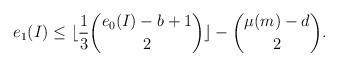
LaTeX: \begin{align*} e_1(I) \le \lfloor \frac{1}{3}\binom{e_0(I) - b+1}{2}\rfloor - \binom{\mu(m) - d}{2}.\end{align*}